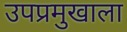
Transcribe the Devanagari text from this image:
उपप्रमुखाला